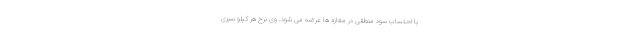
با احتساب سود منطقی در مغازه ها عرضه می شود‌. وی نرخ هر کیلو سبزی